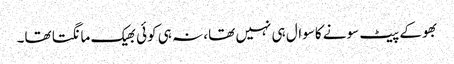
بھوکے پیٹ سونے کاسوال ہی نہیں تھا، نہ ہی کوئی بھیک مانگتا تھا۔